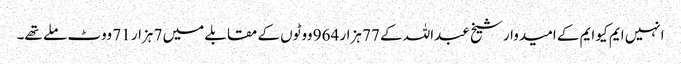
انہیں ایم کیو ایم کے امیدوار شیخ عبداللہ کے 77 ہزار 964 ووٹوں کے مقابلے میں 7 ہزار 71 ووٹ ملے تھے۔